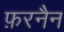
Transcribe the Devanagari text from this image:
फ़रनैन